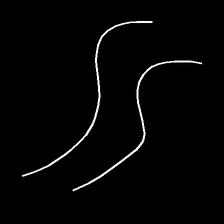
Glyph: float